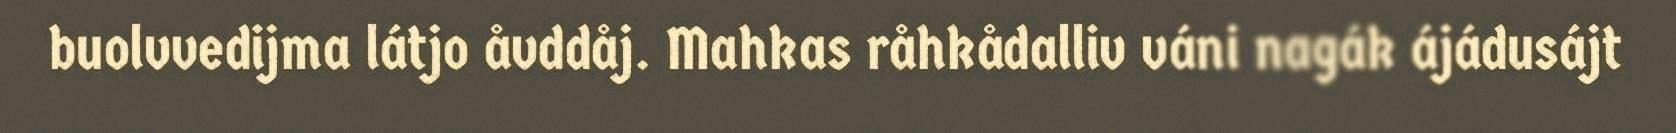
buolvvedijma látjo åvddåj. Mahkas råhkådalliv váni nagák ájádusájt